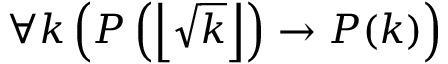
\forall k \left( P \left( \left\lfloor { \sqrt { k } } \right\rfloor \right) \to P ( k ) \right)